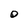
Character: O